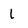
Character: 1